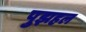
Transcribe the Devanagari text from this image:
पुझहल